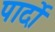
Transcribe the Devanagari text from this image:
पार्दो